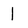
Character: 1